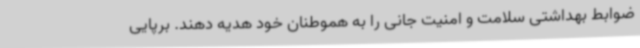
ضوابط بهداشتی سلامت و امنیت جانی را به هموطنان خود هدیه دهند. برپایی